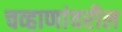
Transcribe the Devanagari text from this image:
चव्हाणांवरील